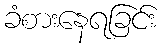
ခံစားနေရခြင်း